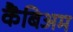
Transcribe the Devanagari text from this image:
कैंबिअम